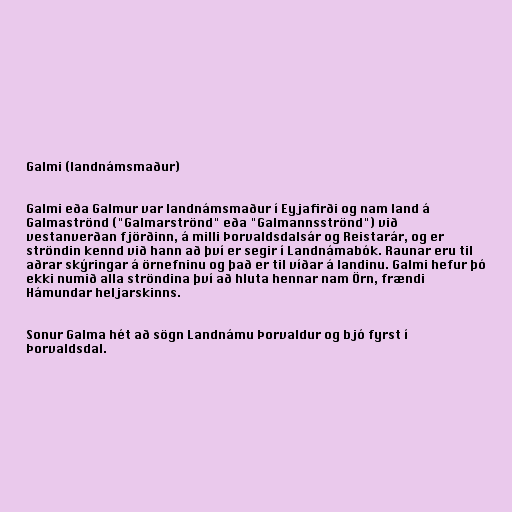
Galmi (landnámsmaður)

Galmi eða Galmur var landnámsmaður í Eyjafirði og nam land á
Galmaströnd ("Galmarströnd" eða "Galmannsströnd") við
vestanverðan fjörðinn, á milli Þorvaldsdalsár og Reistarár, og er
ströndin kennd við hann að því er segir í Landnámabók. Raunar eru til
aðrar skýringar á örnefninu og það er til víðar á landinu. Galmi hefur þó
ekki numið alla ströndina því að hluta hennar nam Örn, frændi
Hámundar heljarskinns.

Sonur Galma hét að sögn Landnámu Þorvaldur og bjó fyrst í
Þorvaldsdal.